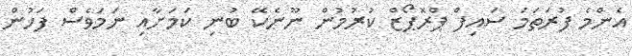
އެންމެ ފުރަތަމަ ސައިފް ޕްރޮޕޯޒް ކުރުމުން ނޫނެކޭ ބުނި ކަމަށާއި ނަމަވެސް ފަހުން